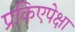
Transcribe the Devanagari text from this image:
प्रकिएपेक्षा